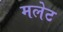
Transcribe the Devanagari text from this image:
मलेट